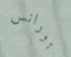
تورانس